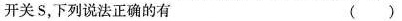
开关S，下列说法正确的有 （）